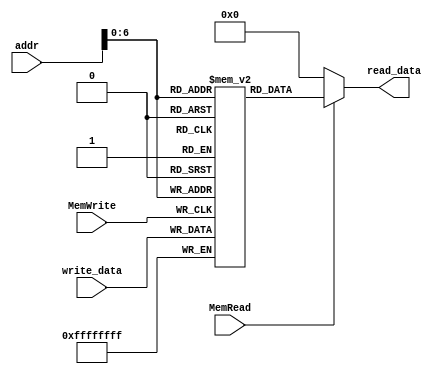
// Calla Chen
// File for DataMem - Lab #5
`timescale 1ns / 1ps
//////////////////////////////////////////////////////////////////////////////////
/// data memory
//////////////////////////////////////////////////////////////////////////////////

// Module definition
module DataMem(MemRead, MemWrite, addr, write_data, read_data);
// Define I/O ports
    input MemRead, MemWrite;
    input[8:0] addr;
    input[31:0] write_data;
    output[31:0] read_data;
    
// Describe DataMem behavior 
    reg[31:0] Data_Memory[127:0];
    always @(posedge MemWrite)
        begin
                Data_Memory[addr[8:0]] <= write_data;
        end
    
    assign read_data = (MemRead == 1) ? Data_Memory[addr[8:0]] : 32'b0;
endmodule //DataMem